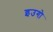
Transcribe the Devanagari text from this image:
इउगो